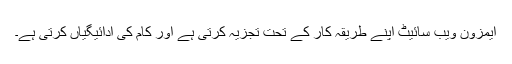
ایمزون ویب سائیٹ اپنے طریقہ کار کے تحت تجزیہ کرتی ہے اور کام کی ادائیگیاں کرتی ہے۔